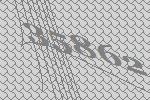
35862